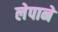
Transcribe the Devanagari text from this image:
लेपाने